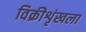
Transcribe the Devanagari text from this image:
विक्रीशृंखला